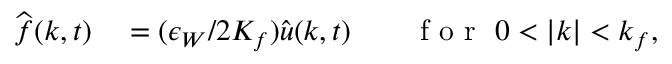
\begin{array} { r l r l } { \widehat { \boldsymbol { f } } ( \boldsymbol { k } , t ) } & { { } = ( \epsilon _ { W } / 2 K _ { f } ) \widehat { \boldsymbol { u } } ( \boldsymbol { k } , t ) } & { } & { { } \mathrm { ~ f ~ o ~ r ~ } \ 0 < | \boldsymbol { k } | < k _ { f } , } \end{array}